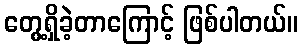
တွေ့ရှိခဲ့တာကြောင့် ဖြစ်ပါတယ်။